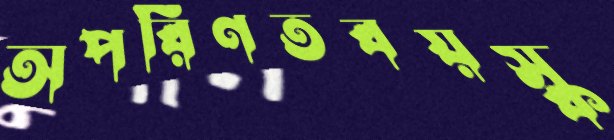
অপরিণতবয়স্ক